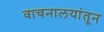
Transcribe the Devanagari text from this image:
वाचनालयांतून